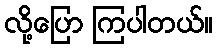
လို့ပြော ကြပါတယ်။